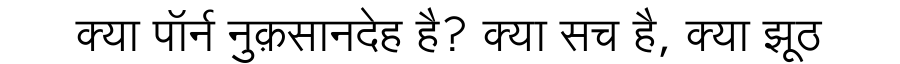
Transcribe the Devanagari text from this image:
क्या पॉर्न नुक़सानदेह है? क्या सच है, क्या झूठ